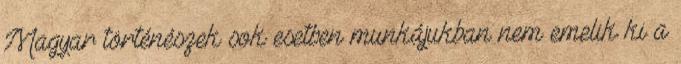
Magyar történészek sok esetben munkájukban nem emelik ki a